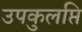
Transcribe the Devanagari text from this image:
उपकुलप्ति